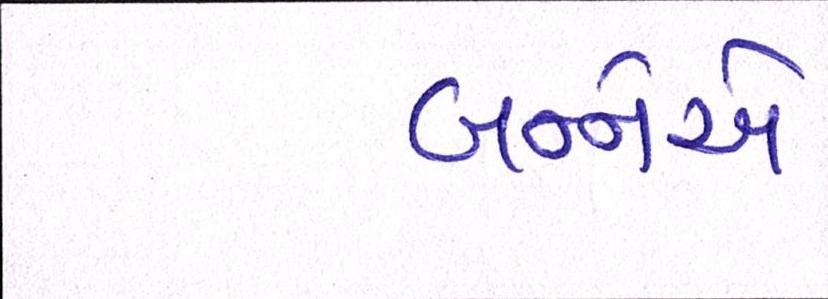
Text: બન્નેએ